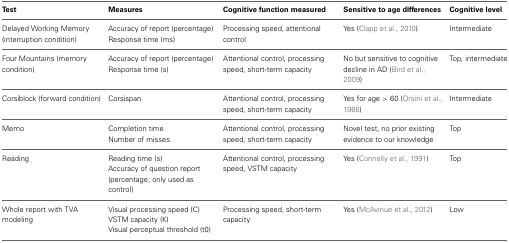
| Test | Measures | Cognitive function measured | Sensitive to age differences | Cognitive level |
 | --- | --- | --- | --- | --- |
 | <ROWSPAN=2> Delayed Working Memory (interruption condition) | Accuracy of report (percentage) | <ROWSPAN=2> Processing speed, attentional control | <ROWSPAN=2> Yes (Clapp et al., 2010) | <ROWSPAN=2> Intermediate |
 | Response time (ms) |
 | <ROWSPAN=2> Four Mountains (memory condition) | Accuracy of report (percentage) | <ROWSPAN=2> Attentional control, processing speed, short-term capacity | <ROWSPAN=2> No but sensitive to cognitive decline in AD (Bird et al., 2009) | <ROWSPAN=2> Top, intermediate |
 | Response time (s) |
 | Corsiblock (forward condition) | Corsispan | Attentional control, processing speed, short-term capacity | Yes for age > 60 (Orsini et al., 1986) | Intermediate |
 | <ROWSPAN=2> Memo | Completion time | <ROWSPAN=2> Attentional control, processing speed, short-term capacity | <ROWSPAN=2> Novel test, no prior existing evidence to our knowledge | <ROWSPAN=2> Top |
 | Number of misses |
 | <ROWSPAN=2> Reading | Reading time (s) | <ROWSPAN=2> Attentional control, processing speed, VSTM capacity | <ROWSPAN=2> Yes (Connelly et al., 1991) | <ROWSPAN=2> Top |
 | Accuracy of question report (percentage; only used as control) |
 | <ROWSPAN=3> Whole report with TVA modeling | Visual processing speed (C) | <ROWSPAN=3> Processing speed, short-term capacity | <ROWSPAN=3> Yes (McAvinue et al., 2012) | <ROWSPAN=3> Low |
 | VSTM capacity (K) |
 | Visual perceptual threshold (t0) |